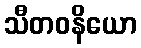
သီတဝနိယော